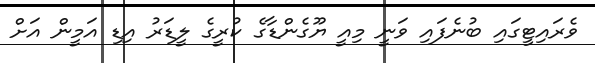
ވެރައިޓީގައި ބުނެފައި ވަނީ މިއީ ޔޫގެންޑާގެ ކުރީގެ ލީޑަރު އިޑި އަމީން އަށް